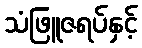
သံဖြူဇရပ်နှင့်